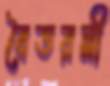
বৈতরনী